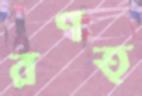
রণত্